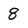
Character: 8